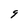
Character: g